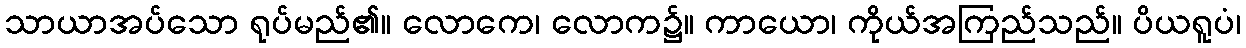
သာယာအပ်သော ရုပ်မည်၏။ လောကေ၊ လောက၌။ ကာယော၊ ကိုယ်အကြည်သည်။ ပိယရူပံ၊